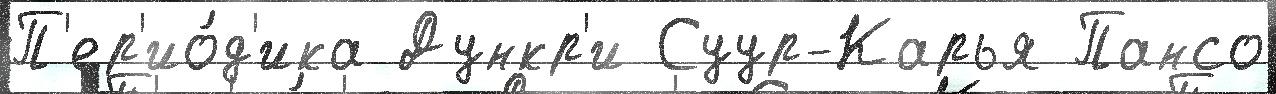
П'ер'ио́д'ика Дункр'и Суур-Карья Пансо